Eesti_Vabariigi_Tartu_Ulikool, lk 11
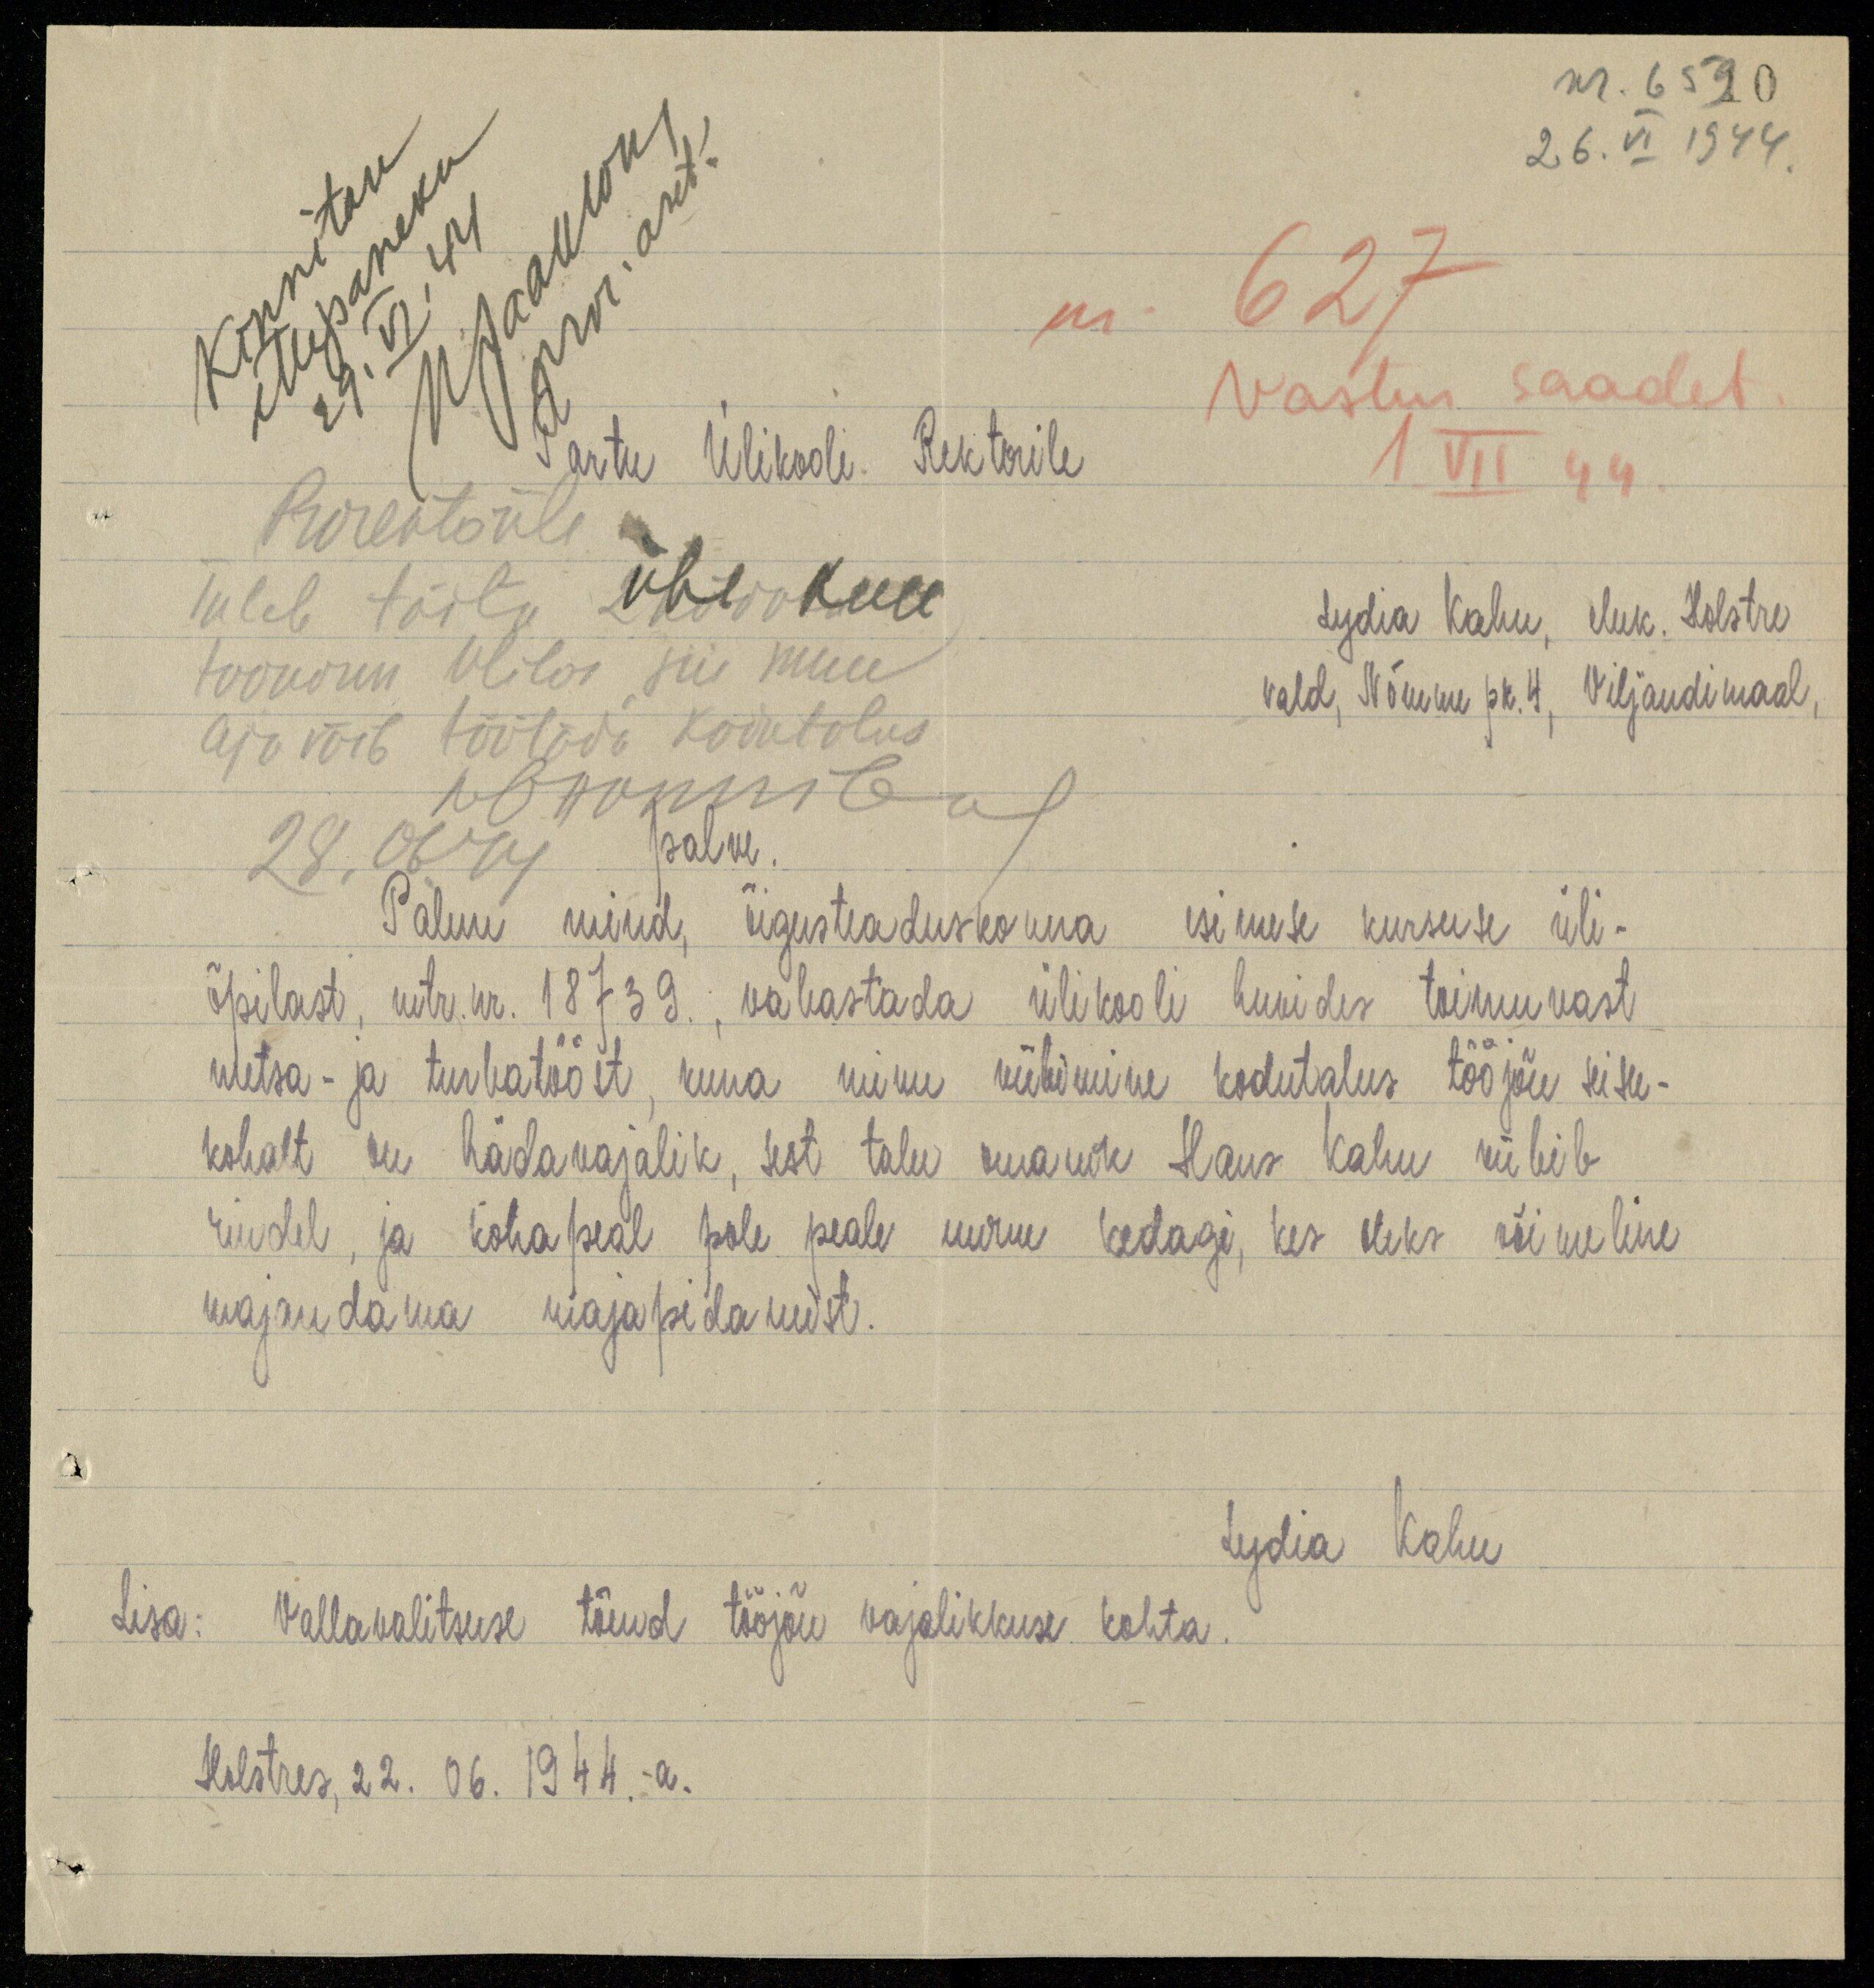
nr. 6590
26.VI 1949.
kinnitan
ettepaneku
29. VI. 44
M Jaakson
pror. aset.
nr. 627
Vastu saadet.
Tartu Ülikooli Rektorile
1 VII 44
Prorektorile
Tuleb täitu ühe kuu
Lydia Kahu, eluk. Holstre.
toonorm ulilor siis muu
vald, Nõmme pk. 4, Viljandimaal,
aja võib töötada kodutalus
28.06.44
palve.
Palun mind, õigusteaduskonna esimese kursuse üli-
õpilast, mtr. nr. 18739., vabastada ülikooli huvides toimuvast
metsa- ja turbatööst, kuna minu viibimine kodutalus tööjõu seisu-
kohalt on hädavajalik, sest talu omanik Hans Kahu viibib
rindel, ja koha peal pole peale uurm kedagi, kes oleks võimeline
majandama majapidamist.
Lydia Kahu
Lisa: Vallavalitsuse tõend tööjõu vajalikkuse kohta.
Holstres, 22. 06. 1944.-a.